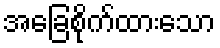
အခြေစိုက်ထားသော